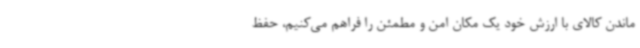
ماندن کالای با ارزش خود یک مکان امن و مطمئن را فراهم می‌کنیم، حفظ